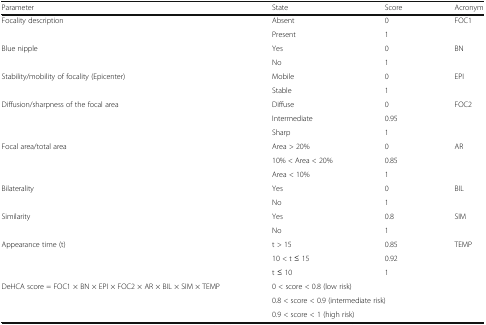
<table><thead><tr><td><b>Parameter</b></td><td><b>State</b></td><td><b>Score</b></td><td><b>Acronym</b></td></tr></thead><tbody><tr><td rowspan="2">Focality description</td><td>Absent</td><td>0</td><td rowspan="2">FOC1</td></tr><tr><td>Present</td><td>1</td></tr><tr><td rowspan="2">Blue nipple</td><td>Yes</td><td>0</td><td rowspan="2">BN</td></tr><tr><td>No</td><td>1</td></tr><tr><td rowspan="2">Stability/mobility of focality (Epicenter)</td><td>Mobile</td><td>0</td><td rowspan="2">EPI</td></tr><tr><td>Stable</td><td>1</td></tr><tr><td rowspan="3">Diffusion/sharpness of the focal area</td><td>Diffuse</td><td>0</td><td rowspan="3">FOC2</td></tr><tr><td>Intermediate</td><td>0.95</td></tr><tr><td>Sharp</td><td>1</td></tr><tr><td rowspan="3">Focal area/total area</td><td>Area &gt; 20%</td><td>0</td><td rowspan="3">AR</td></tr><tr><td>10% &lt; Area &lt; 20%</td><td>0.85</td></tr><tr><td>Area &lt; 10%</td><td>1</td></tr><tr><td rowspan="2">Bilaterality</td><td>Yes</td><td>0</td><td rowspan="2">BIL</td></tr><tr><td>No</td><td>1</td></tr><tr><td rowspan="2">Similarity</td><td>Yes</td><td>0.8</td><td rowspan="2">SIM</td></tr><tr><td>No</td><td>1</td></tr><tr><td rowspan="3">Appearance time (t)</td><td>t &gt; 15</td><td>0.85</td><td rowspan="3">TEMP</td></tr><tr><td>10 &lt; t ≤ 15</td><td>0.92</td></tr><tr><td>t ≤ 10</td><td>1</td></tr><tr><td rowspan="3">DeHCA score = FOC1 × BN × EPI × FOC2 × AR × BIL × SIM × TEMP</td><td colspan="3">0 &lt; score &lt; 0.8 (low risk)</td></tr><tr><td colspan="3">0.8 &lt; score &lt; 0.9 (intermediate risk)</td></tr><tr><td colspan="3">0.9 &lt; score &lt; 1 (high risk)</td></tr></tbody></table>